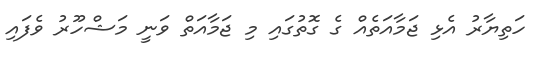
ހަތިޔާރު އެޅި ޖަމާއަތެއް ގެ ގޮތުގައި މި ޖަމާއަތް ވަނީ މަޝްހޫރު ވެފައި